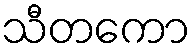
သီတကော